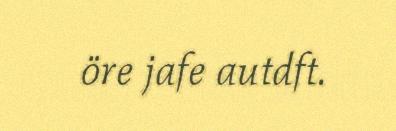
öre jafe autdft.